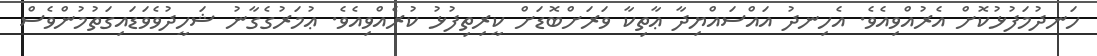
ހަނދުމަފުޅުކޮށް އެރުއްވިއެވެ. އެހިނދު އައްސައްޔިދާ ޢާތިކާ ވަރަށްބޮޑަށް ކީރިތިފުޅު ކުރެއްވިއެވެ. ޢުމަރުގެގާނު ޝަހީދުވެވަޑައިގަތުމުންވެސް